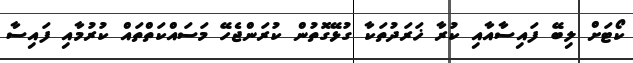
ކޯޓަށް ލިބޭ ފައިސާއާއި ކުރާ ޚަރަދުތަކާ ގުޅޭގޮތުން ކުރަންޖެހޭ މަސައްކަތްތައް ކުރުމާއި ފައިސާ